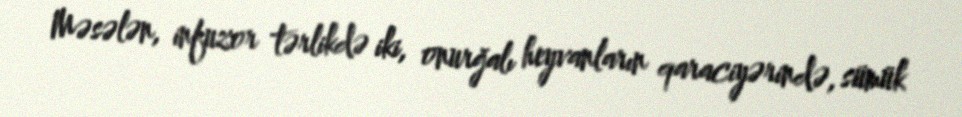
Məsələn, infuzor tərlikdə iki, onurğalı heyvanların qaraciyərində, sümük